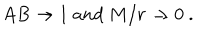
A B \rightarrow 1 \ a n d \ M / r \rightarrow 0 \ .